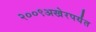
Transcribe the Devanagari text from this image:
२००९अखेरपर्यंत